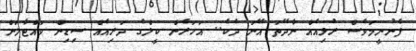
ފެނުނީމަވެސް ރުޅިއެއް ނާދޭތަ އޭނަ ދެކެ.. އަހަރެން ކީލްގެ ދަރިއެއް ސިޑިން ވައްޓާލަން